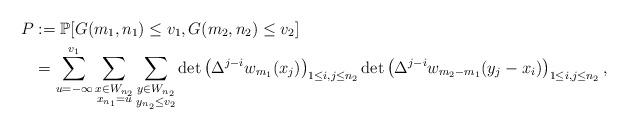
LaTeX: \begin{align*}P&:=\mathbb{P}[G(m_1,n_1)\le v_1, G(m_2,n_2)\le v_2]\\&=\sum\limits_{u=-\infty}^{v_1}\sum\limits_{\substack{x\in W_{n_2}\\x_{n_1}=u}}\sum\limits_{\substack{y\in W_{n_2}\\y_{n_2}\le v_2}}\det\left(\Delta^{j-i} w_{m_1}(x_j)\right)_{1\le i,j\le n_2}\det \left(\Delta^{j-i} w_{m_2-m_1}(y_j-x_i)\right)_{1\le i,j\le n_2},\end{align*}